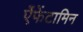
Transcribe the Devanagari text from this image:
ऐंफेंटामिन